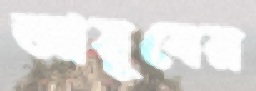
আয়ূবের